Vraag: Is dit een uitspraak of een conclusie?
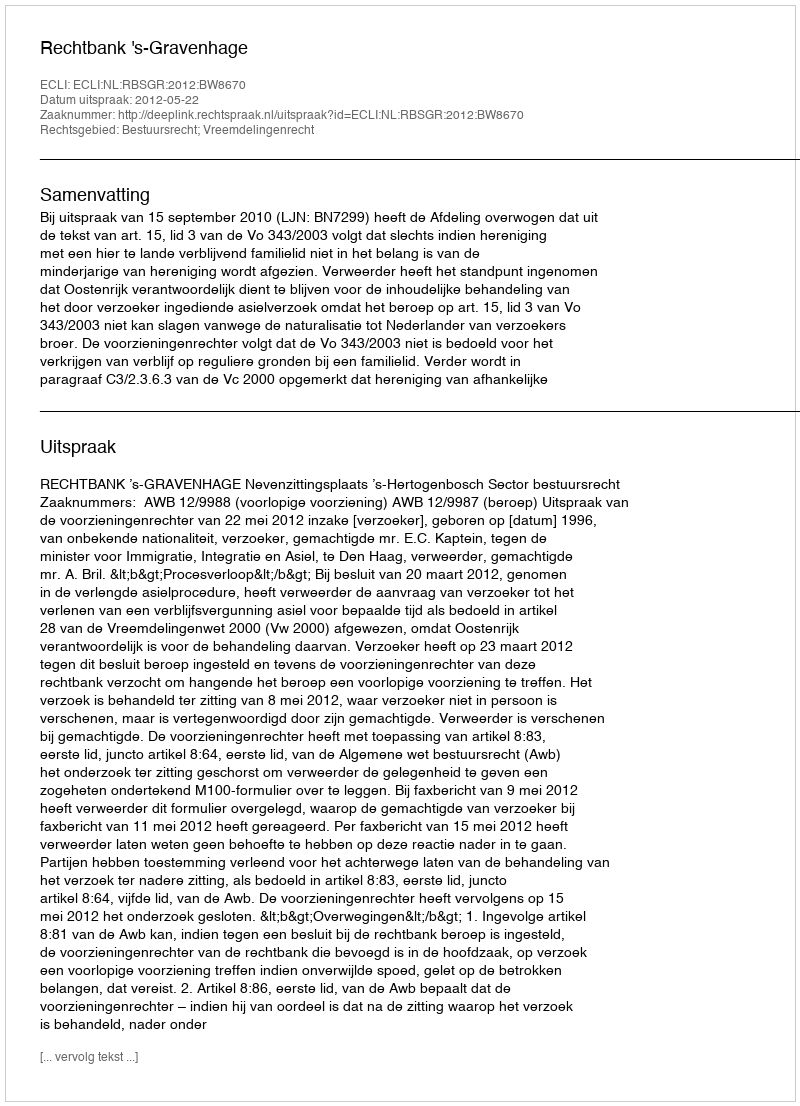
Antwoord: Uitspraak